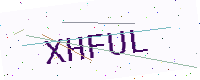
Text: XHFUL